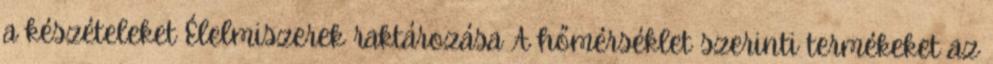
a készételeket Élelmiszerek raktározása A hőmérséklet szerinti termékeket az